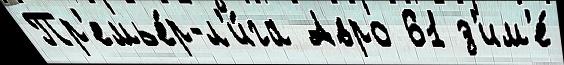
Пр'емье́р-л'и́га Авро 61 з'им'е́